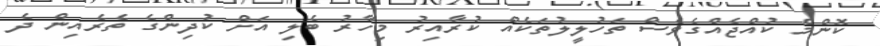
ކޮންމެ ކުއްޖެއްގެވެސް ތަހުލީލުތަކެއް ކުރާއިރު މިހާރު ބެލި އަށް ކުދިންގެ ތެރެއިން ދެ